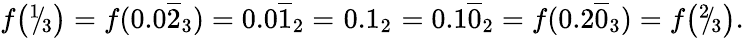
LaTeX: \begin{array}{lcl}{f{\bigl(}{}^{1}\! \! /\! _{3}{\bigr)}=f(0.0{\overline{{2}}}_{3})=0.0{\overline{{1}}}_{2}=\! \! }&{\! \! 0.1_{2}\! \! }&{\! \! =0.1{\overline{{0}}}_{2}=f(0.2{\overline{{0}}}_{3})=f{\bigl(}{}^{2}\! \! /\! _{3}{\bigr)}.}\end{array}